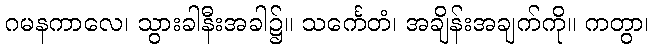
ဂမနကာလေ၊ သွားခါနီးအခါ၌။ သင်္ကေတံ၊ အချိန်းအချက်ကို။ ကတွာ၊